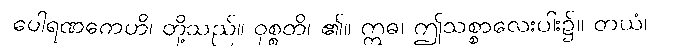
ပေါရဏကေဟိ၊ တို့သည်။ ဝုစ္စတိ၊ ၏။ ဣဓ၊ ဤသစ္စာလေးပါး၌။ တယံ၊